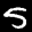
Label: 5